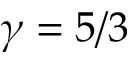
\gamma = 5 / 3